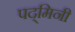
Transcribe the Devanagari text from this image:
पद्‌मिनी